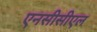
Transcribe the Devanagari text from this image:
एनसीसीएल